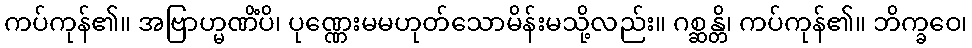
ကပ်ကုန်၏။ အဗြာဟ္မဏိံပိ၊ ပုဏ္ဏေးမမဟုတ်သောမိန်းမသို့လည်း။ ဂစ္ဆန္တိ၊ ကပ်ကုန်၏။ ဘိက္ခဝေ၊